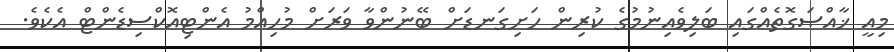
މިއީ ޚާއްޞަގޮތެއްގައި ބަލިވެއިނުމުގެ ކުރިން ހަށިގަނޑަށް ބޭނުންވާ ވަރަށް މުހިއްމު އެންޓިއޮކްސިޑެންޓް އެކެވެ.